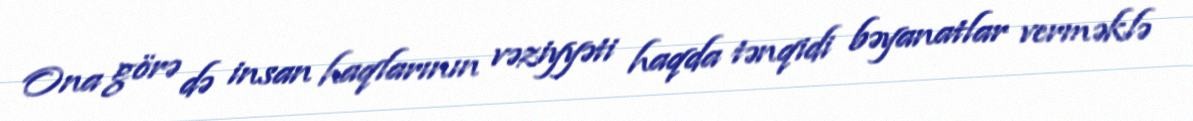
Ona görə də insan haqlarının vəziyyəti haqda tənqidi bəyanatlar verməklə